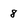
Character: 8